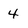
Character: 4